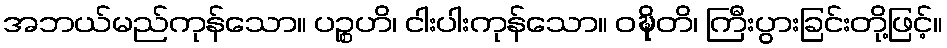
အဘယ်မည်ကုန်သော။ ပဉ္စဟိ၊ ငါးပါးကုန်သော။ ဝဍ္ဎိတိ၊ ကြီးပွားခြင်းတို့ဖြင့်။